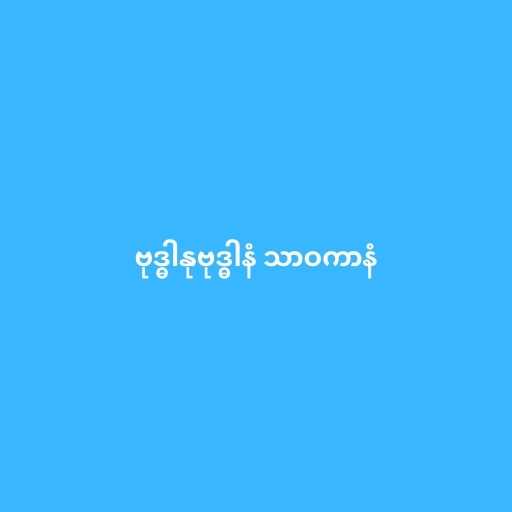
ဗုဒ္ဓါနုဗုဒ္ဓါနံ သာဝကာနံ